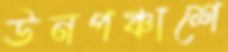
ঊনপঞ্চাশে